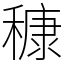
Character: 穅